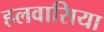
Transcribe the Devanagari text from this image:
हलवासिया